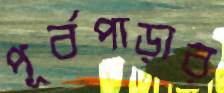
পূর্বপাড়ার